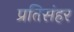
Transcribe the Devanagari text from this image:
प्रतिसंहर